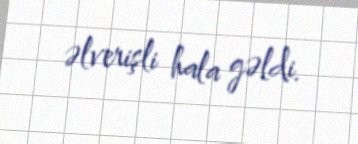
əlverişli hala gəldi.